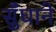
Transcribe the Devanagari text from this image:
सुँघाने